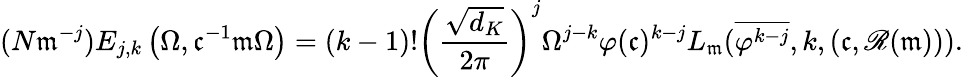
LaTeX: (N\mathfrak m^{-j})E_{j,k}\left(\Omega,\mathfrak c^{-1}\mathfrak m\Omega\right)=(k-1)!\left(\frac{\sqrt{d_{K}}}{2\pi}\right)^{j}\Omega^{j-k}\varphi(\mathfrak c)^{k-j}L_{\mathfrak m}(\overline{{\varphi^{k-j}}},k,(\mathfrak c,\mathscr{R}(\mathfrak m))).